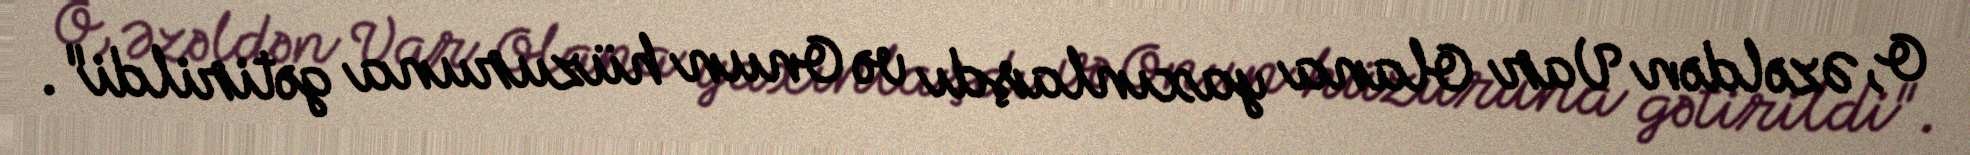
O, Əzəldən Var Olana yaxınlaşdı və Onun hüzuruna gətirildi".